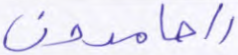
الحامدون